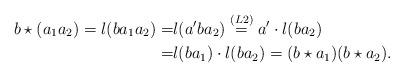
LaTeX: \begin{align*}b \star (a_1 a_2)=l(ba_1 a_2)=&l(a'ba_2)\stackrel{(L2)}=a'\cdot l(ba_2)\\=&l(ba_1)\cdot l(ba_2)=(b \star a_1) (b \star a_2).\end{align*}